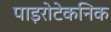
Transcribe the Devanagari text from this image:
पाइरोटेकनिक